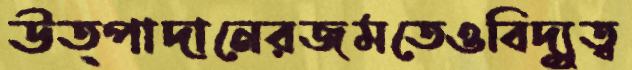
উত্পাদানেরজমতেওবিদ্যুত্ব